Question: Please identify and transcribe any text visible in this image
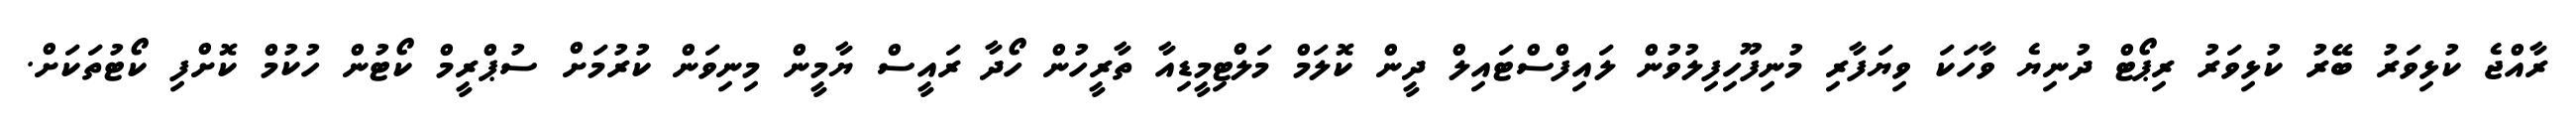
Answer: ރާއްޖެ ކުޅިވަރު ބޭރު ކުޅިވަރު ރިޕޯޓް ދުނިޔެ ވާހަކަ ވިޔަފާރި މުނިފޫހިފިލުވުން ލައިފްސްޓައިލް ދީން ކޮލަމް މަލްޓިމީޑިއާ ތާރީހުން ހޯދާ ރައީސް ޔާމީން މިނިވަން ކުރުމަށް ސުޕްރީމް ކޯޓުން ހުކުމް ކޮށްފި ކޯޓުތަކަށް.